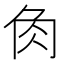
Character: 𧢲